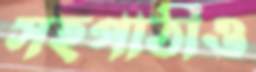
সহপাঠীও